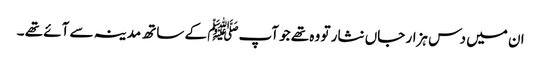
ان میں دس ہزار جاں نثار تو وہ تھے جو آپﷺ کے ساتھ مدینہ سے آئے تھے ۔